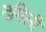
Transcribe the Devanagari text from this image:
दमिली